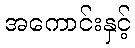
အကောင်းနှင့်